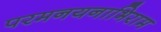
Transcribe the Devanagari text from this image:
परमनयनाभिराम